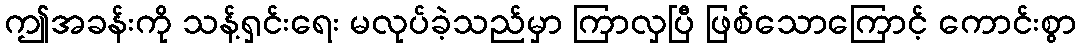
ဤအခန်းကို သန့်ရှင်းရေး မလုပ်ခဲ့သည်မှာ ကြာလှပြီ ဖြစ်သောကြောင့် ကောင်းစွာ